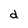
Character: d